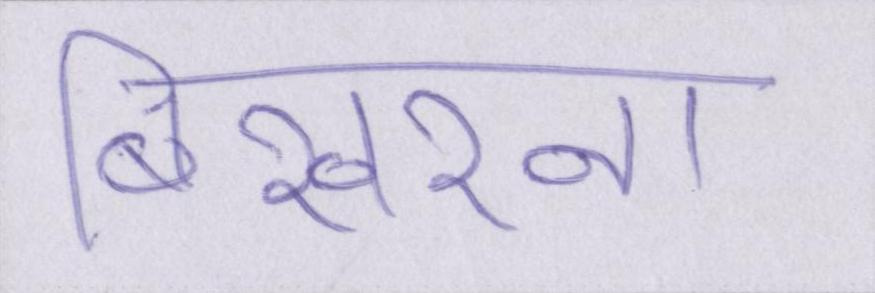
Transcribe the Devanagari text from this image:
बिखरना